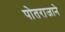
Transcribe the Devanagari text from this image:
पोतराजाने